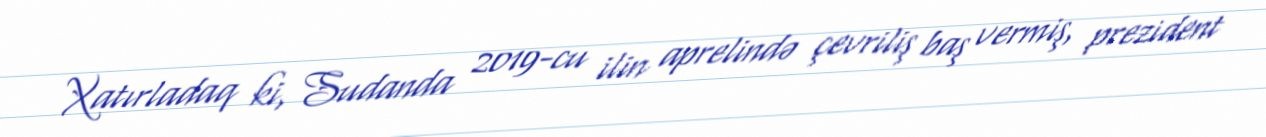
Xatırladaq ki, Sudanda 2019-cu ilin aprelində çevriliş baş vermiş, prezident